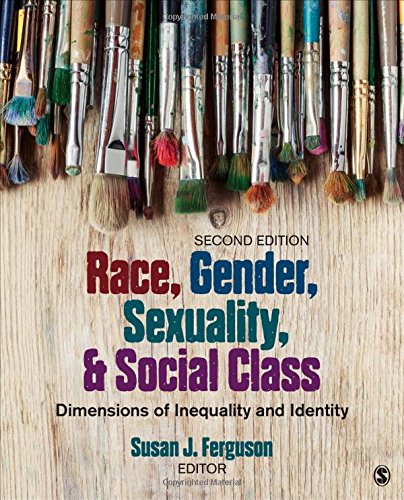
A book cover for Race, Gender, Sexuality, and Social Class: Dimensions of Inequality and Identity; Politics & Social Sciences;